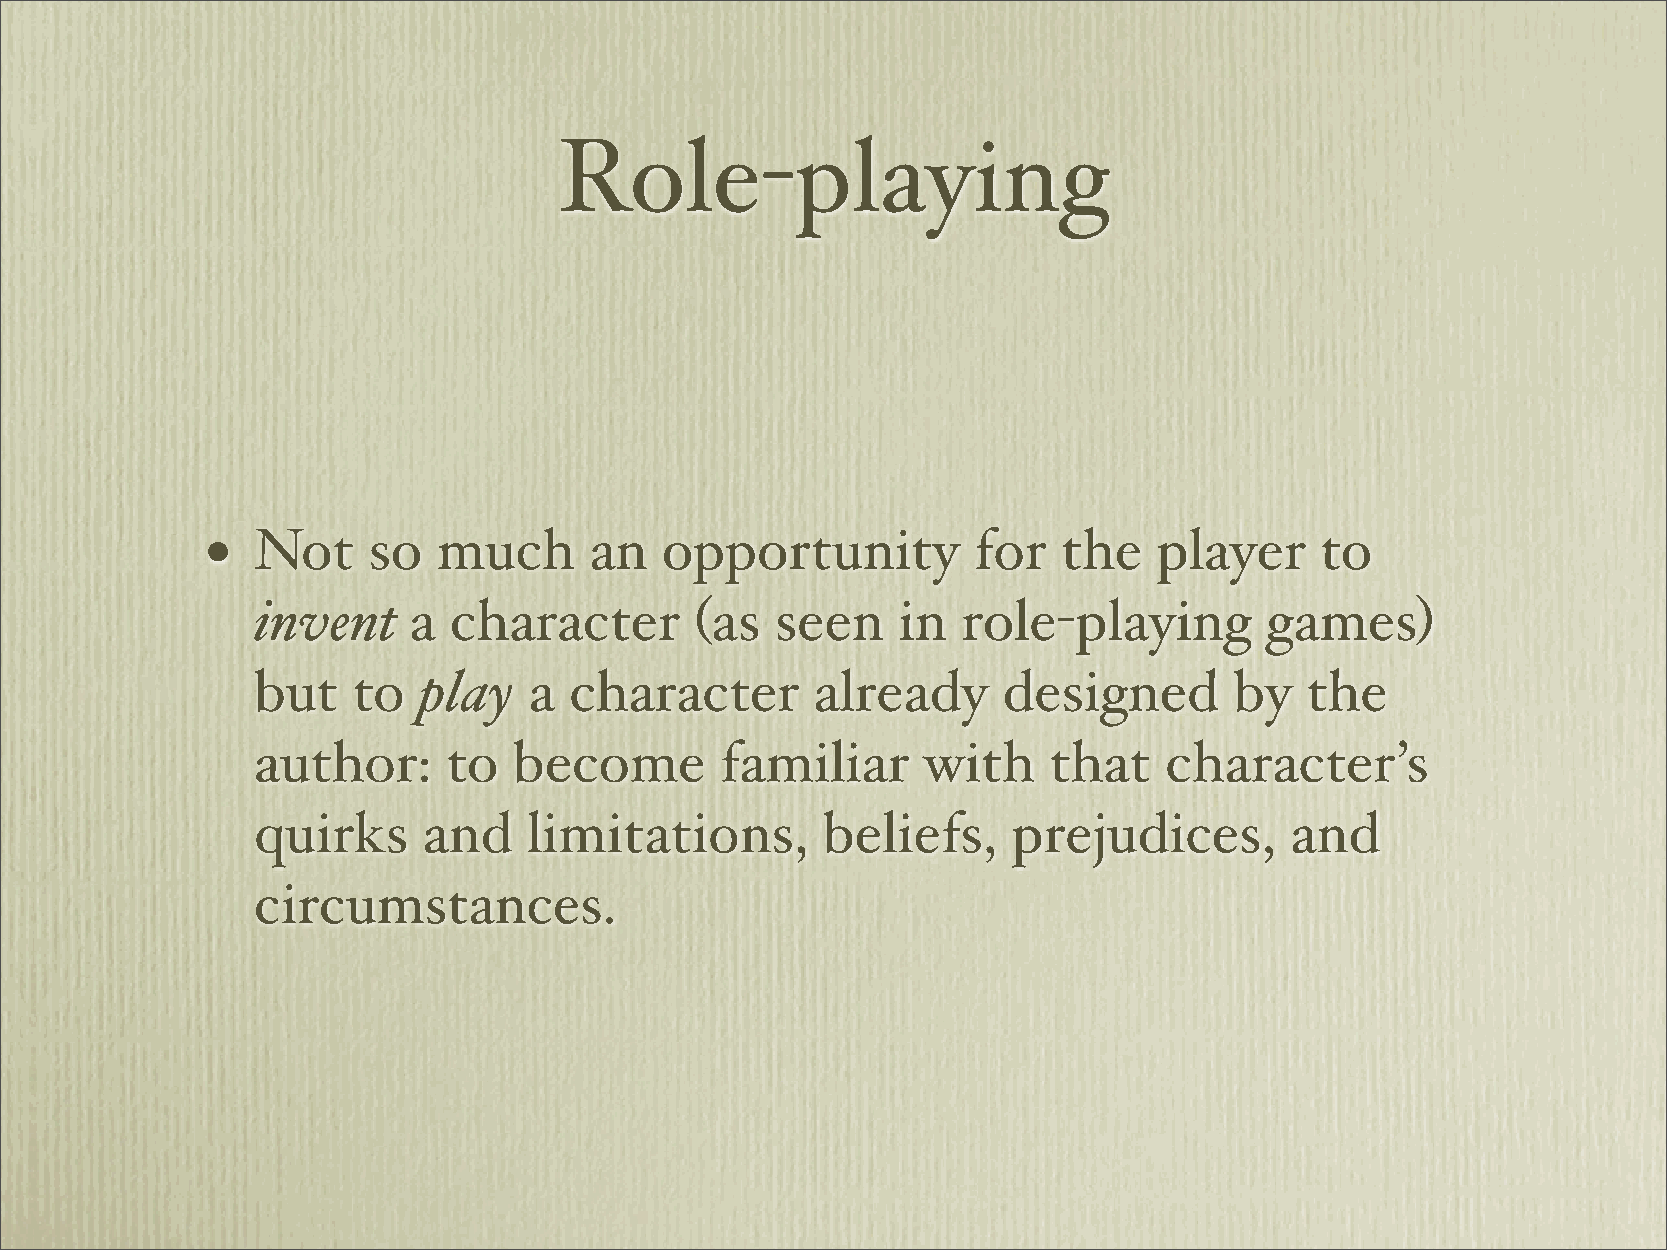
Role-playing
 •  Not    so   much      an   opportunity         for   the    player    to
 invent    a  character       (as  seen    in   role-playing        games)
 but   to   play   a  character       already     designed        by  the
 author:      to  become        familiar     with    that    character’s
 quirks     and    limitations,       beliefs,     prejudices,       and
 circumstances.